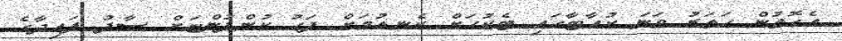
އެގޮތުން ހަތަރު ވަނަ ކުއާޓާގައި ޓެކުހަށް ކެނޑުމަށް ފަހު ކުންފުންޏަށް ސާފު ފައިދާގެ